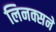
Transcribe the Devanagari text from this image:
लिनक्सने